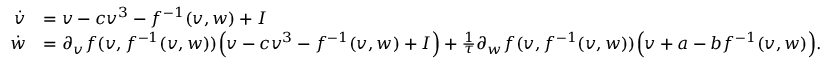
\begin{array} { r l } { \dot { v } } & { = v - c v ^ { 3 } - f ^ { - 1 } ( v , w ) + I } \\ { \dot { w } } & { = \partial _ { v } f ( v , f ^ { - 1 } ( v , w ) ) \Big ( v - c v ^ { 3 } - f ^ { - 1 } ( v , w ) + I \Big ) + \frac { 1 } { \tau } \partial _ { w } f ( v , f ^ { - 1 } ( v , w ) ) \Big ( v + a - b f ^ { - 1 } ( v , w ) \Big ) . } \end{array}